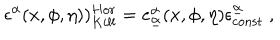
LaTeX: \epsilon ^ { \alpha } ( x , \phi , \eta ) ) _ { K i l l } ^ { H o r } = e _ { \underline { { { \alpha } } } } ^ { \alpha } ( x , \phi , \eta ) \epsilon _ { \mathrm { c o n s t } } ^ { \underline { { { \alpha } } } } \ ,